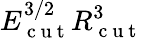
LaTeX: E_{\mathrm{~c~u~t~}}^{3/2}R_{\mathrm{~c~u~t~}}^{3}